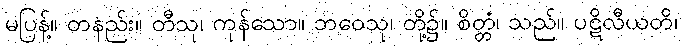
မပြန့်။ တနည်း။ တီသု၊ ကုန်သော။ ဘဝေသု၊ တို့၌။ စိတ္တံ၊ သည်။ ပဋိလီယတိ၊